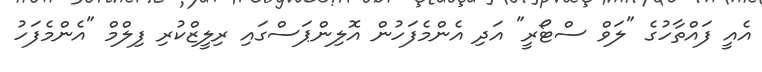
އެއީ ފައްތާހުގެ "ލަވް ސްޓޯރީ" އަދި އެންމެފަހުން އޮލިންޕަސްގައި ރިލީޒްކުރި ފިލްމް "އެންމެފަހު